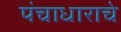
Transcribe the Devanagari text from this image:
पंचाधाराचे